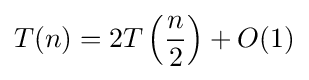
T(n)=2T\left({\frac {n}{2}}\right)+O(1)